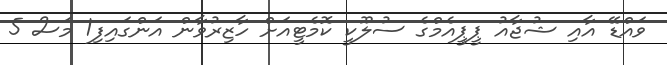
ވައްޑޭ އާއި ޝުޖާއު ޕީޕީއެމްގެ ސުލޫކީ ކޮމެޓީއަށް ހާޒިރުވާން އަންގައިފި1 މަސް 5